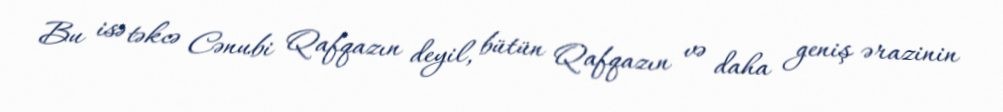
Bu isə təkcə Cənubi Qafqazın deyil, bütün Qafqazın və daha geniş ərazinin